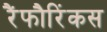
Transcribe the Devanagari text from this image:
रैंफौरिंकस